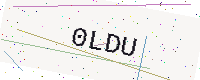
Text: 0LDU